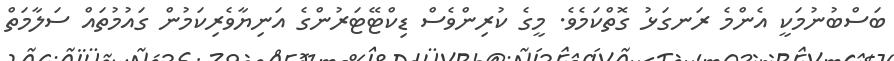
ބަސްބުނުމަކީ އެންމެ ރަނގަޅު ގޮތްކަމެވެ. މީގެ ކުރިންވެސް ޑިކްޓޭޓަރުންގެ އަނިޔާވެރިކަމުން ގައުމުތައް ސަލާމަތް